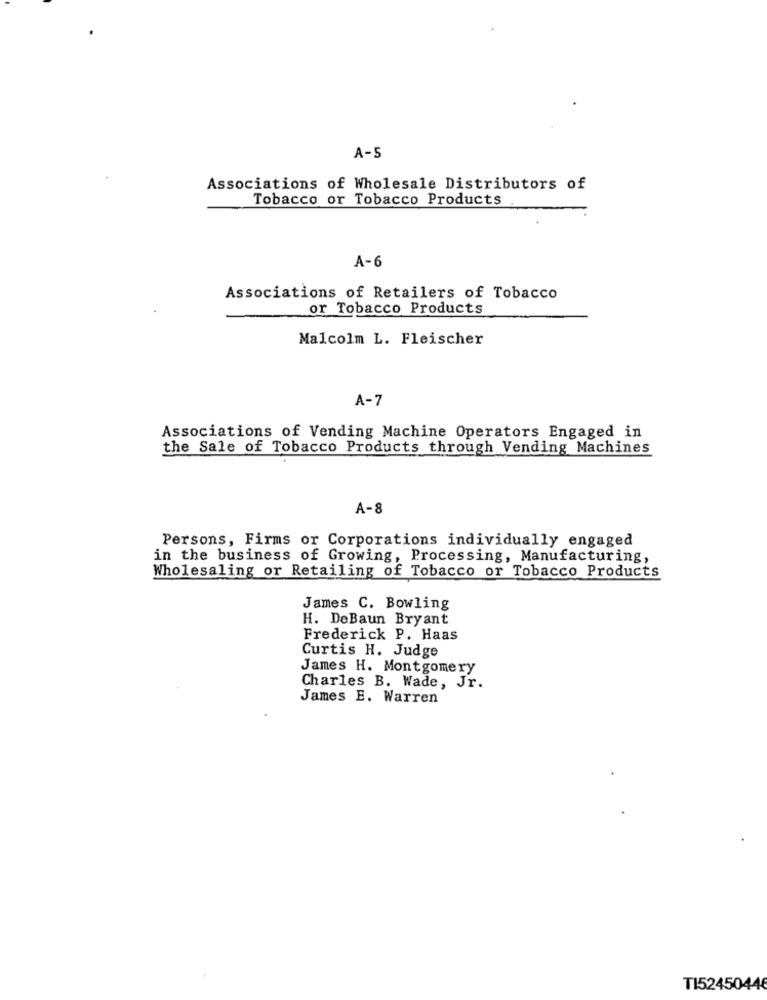
A-5
Associations of Wholesale Distributors of
Tobacco or Tobacco Products
A-6
Associations of Retailers of Tobacco
or Tobacco Products
Malcolm L. Fleischer
A-7
Associations of Vending Machine Operators Engaged in
the Sale of Tobacco Products through Vending Machines
A-8
Persons, Firms or Corporations individually engaged
in the business of Growing, Processing, Manufacturing,
Wholesaling or Retailing of Tobacco or Tobacco Products
James C. Bowling
H. DeBaun Bryant
Frederick P. Haas
Curtis H. Judge
James H. Montgomery
Charles B. Wade, Jr.
James E. Warren
TI52450446